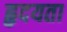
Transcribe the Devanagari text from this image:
हृदयता